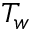
T _ { w }